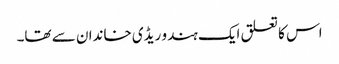
اس کا تعلق ایک ہندو ریڈی خاندان سے تھا۔